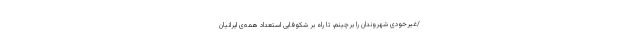
/غیرخودی‌ شهروندان را برچینم، تا راه بر شکوفایی استعداد همه‌ی ایرانیان